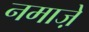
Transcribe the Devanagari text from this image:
नमाजे़